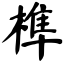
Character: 榫